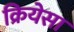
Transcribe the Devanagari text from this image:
क्रियेसा